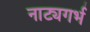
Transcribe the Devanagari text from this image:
नाट्यगर्भ